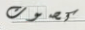
كصوت